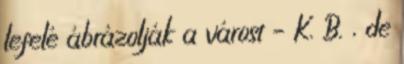
lefelé ábrázolják a várost – K. B. , de